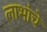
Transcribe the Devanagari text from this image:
लाभांचे